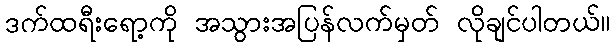
ဒက်ထရီးရော့ကို အသွားအပြန်လက်မှတ် လိုချင်ပါတယ်။